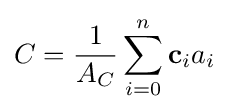
C={\frac {1}{A_{C}}}\sum _{i=0}^{n}\mathbf {c} _{i}a_{i}